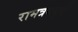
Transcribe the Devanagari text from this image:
रामत्रययुतो